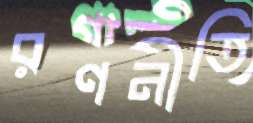
রণনীতি